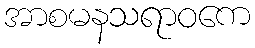
အာစမနသရာဝကေ